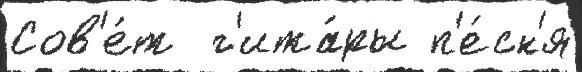
Сов'е́т  г'ита́ры п'е́сн'я